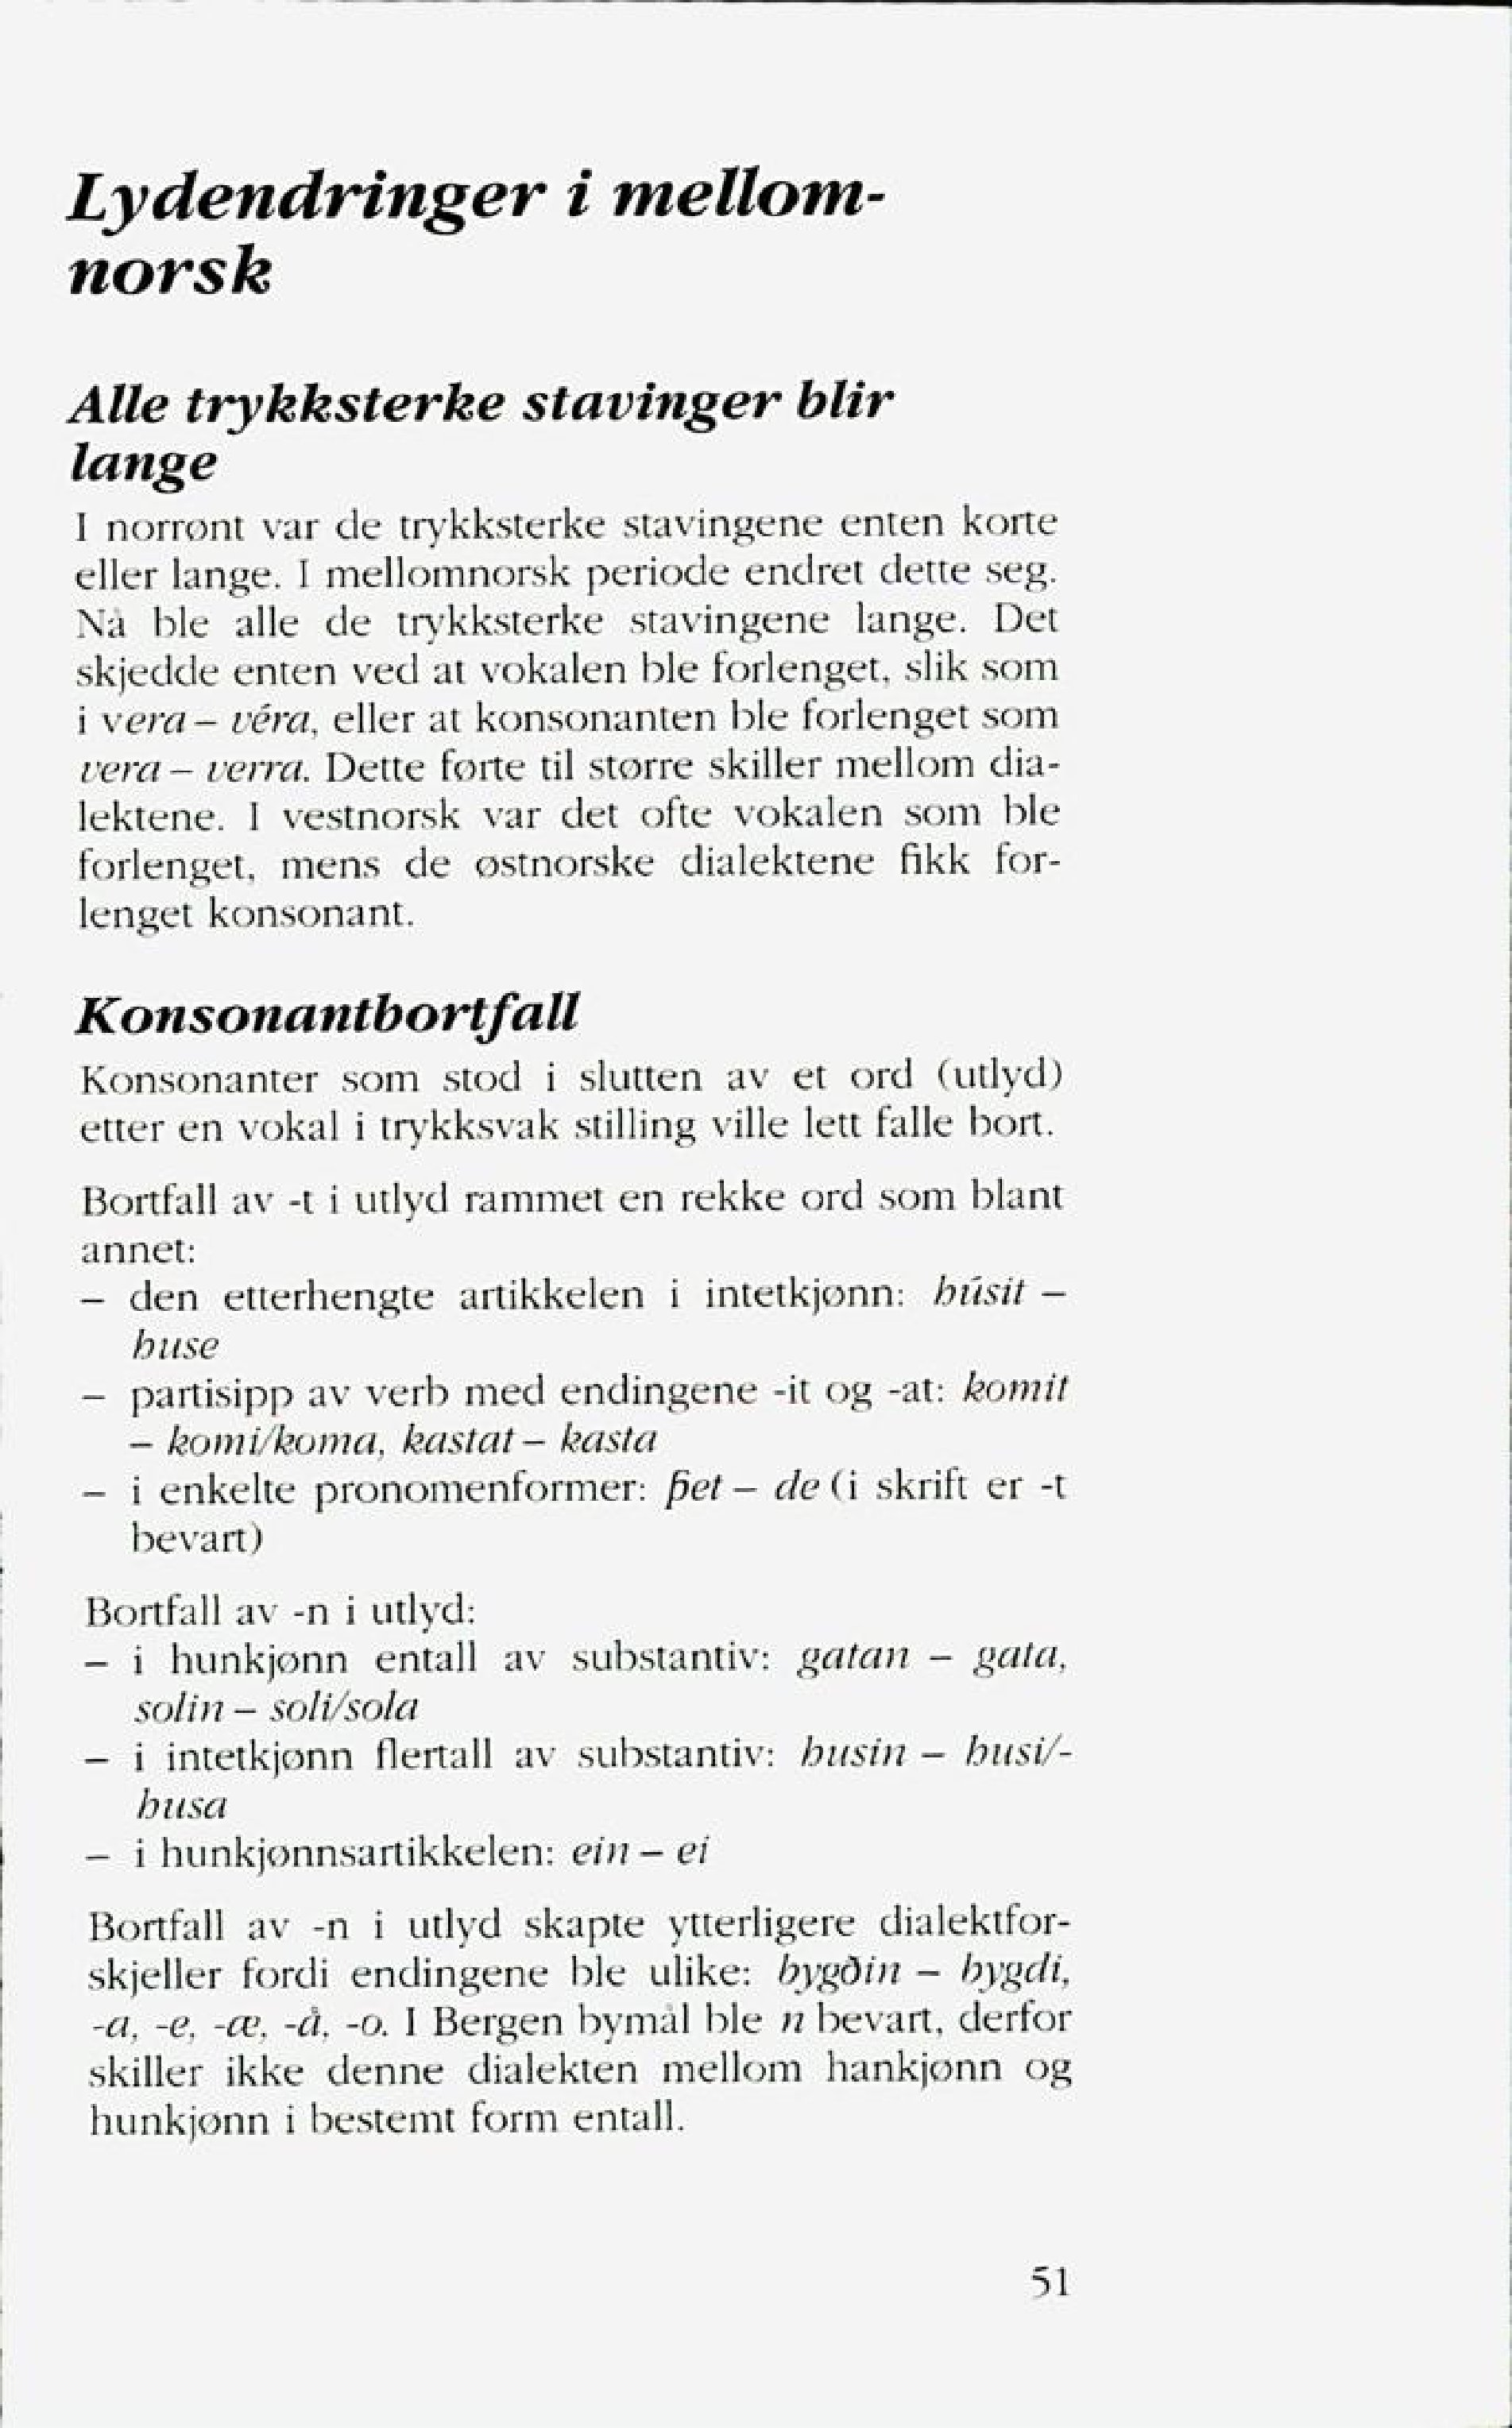
Language: no